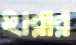
হারার